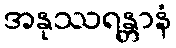
အနုဿရန္တာနံ